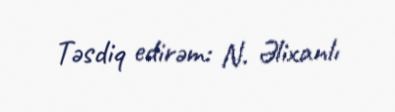
Təsdiq edirəm: N. Əlixanlı